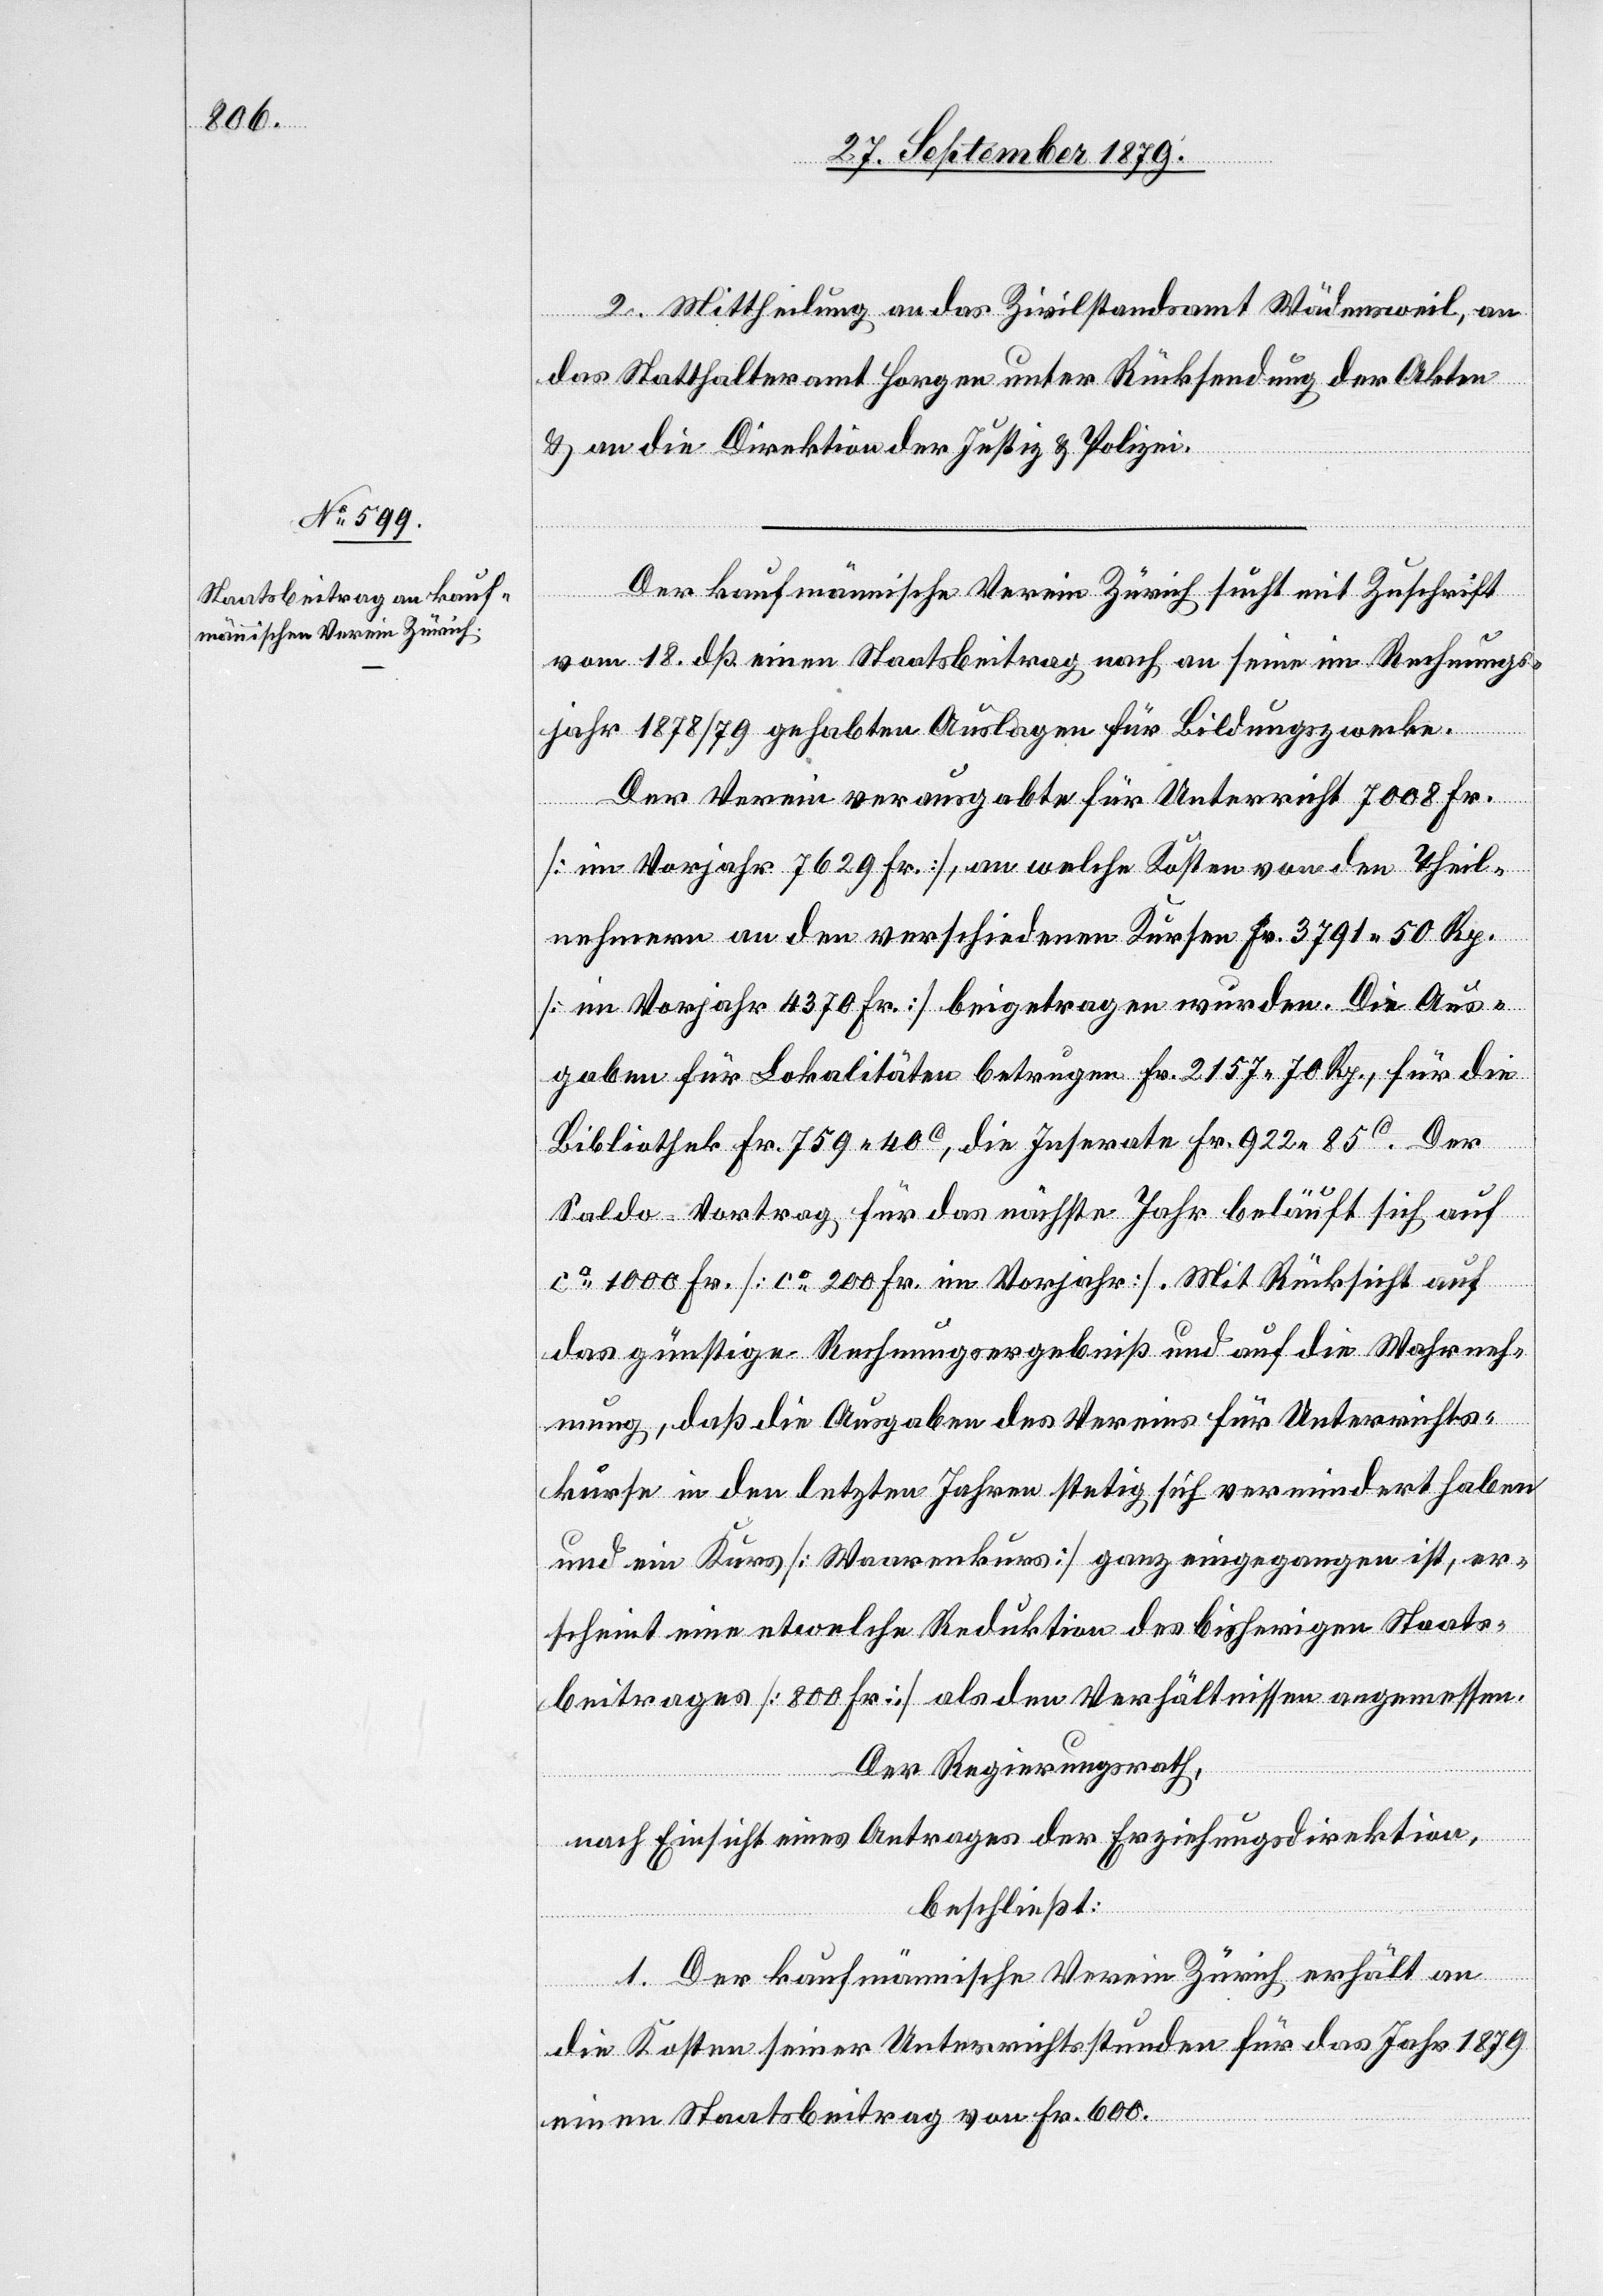
2. Mittheilung an das Zivilstandsamt Wädensweil, an
das Statthalteramt Horgen unter Rücksendung der Akten
& an die Direktion der Justiz & Polizei.
Der kaufmännische Verein Zürich sucht mit Zuschrift
vom 18. dß. einen Staatsbeitrag nach an seine im Rechnungs¬
jahr 1878/79 gehabten Auslagen für Bildungszwecke.
Der Verein verausgabte für Unterricht 7008 Fr.
[im Vorjahr 7629 Fr.], an welche Kosten von den Theil¬
nehmern an den verschiedenen Kursen Fr. 3791 50 Rp.
[im Vorjahr 4370 Fr.] beigetragen wurden. Die Aus¬
gaben für Lokalitäten betrugen Fr. 2157 70 Rp., für die
Bibliothek Fr. 759 40C, die Inserate Fr. 922 85C. Der
Saldo-Vortrag für das nächste Jahr beläuft sich auf
ca 1000 Fr. [ca 200 Fr. im Vorjahr]. Mit Rücksicht auf
das günstige Rechnungsergebniß und auf die Wahrneh¬
mung, daß die Ausgaben des Vereins für Unterrichts¬
kurse in den letzten Jahren stetig sich vermindert haben
und ein Kurs [Waarenkurs] ganz eingegangen ist, er¬
scheint eine etwelche Reduktion des bisherigen Staats¬
beitrages [800 Fr.] als den Verhältnissen angemessen.
Der Regierungsrath,
nach Einsicht eines Antrages der Erziehungsdirektion,
beschließt:
1. Der kaufmännische Verein Zürich erhält an
die Kosten seiner Unterrichtsstunden für das Jahr 1879
einen Staatsbeitrag von Fr. 600.